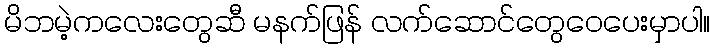
မိဘမဲ့ကလေးတွေဆီ မနက်ဖြန် လက်ဆောင်တွေဝေပေးမှာပါ။